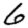
Digit: 6